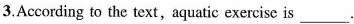
3.According to the text,aquatic exercise is___.